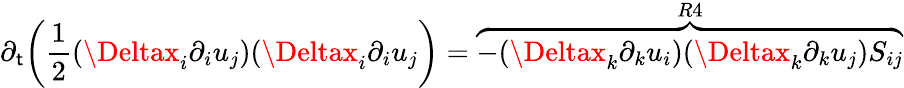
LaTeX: \partial_{\mathsf{t}}\bigg(\frac{{1}}{{2}}(\Deltax_{i}\partial_{i}u_{j})(\Deltax_{i}\partial_{i}u_{j}\bigg)=\overbrace{{-(\Deltax_{k}\partial_{k}u_{i})(\Deltax_{k}\partial_{k}u_{j})S_{ij}}}^{R4}